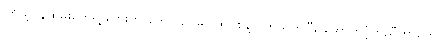
၊ကိုယ့်ဝန်ထမ်းတွေရဲ့ ဘေးက တွေ ၊ ဉပမာ ကိုဗစ်နဲ့ ပတ်သက်ပြီး ထောက်ပံ့ကူညီတာတွေ ၊